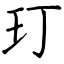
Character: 玎